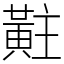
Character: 黈